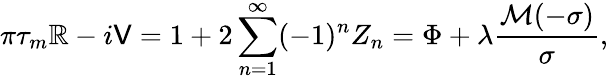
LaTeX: \pi\tau_{m}\mathbb{R}-i\mathsf{V}=1+2\sum_{n=1}^{\infty}(-1)^{n}Z_{n}=\Phi+\lambda\frac{{\mathcal{M}(-\sigma)}}{\sigma},